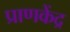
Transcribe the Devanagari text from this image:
प्राणकेंद्र